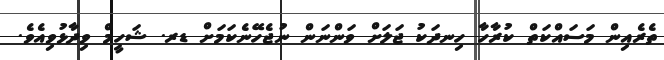
ތެރެއިން މަސައްކަތް ކުރާހާ ހިނދަކު ޖަލަށް ވަންނަން ނުޖެހޭނެކަމަށް ޑރ. ޝަހީމް ވިދާޅުވިއެވެ.